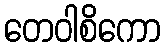
တေဝါစိကော